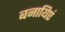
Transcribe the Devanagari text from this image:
बनायिएं